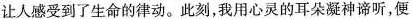
让人感受到了生命的律动。此刻，我用心灵的耳朵凝神谛听，便